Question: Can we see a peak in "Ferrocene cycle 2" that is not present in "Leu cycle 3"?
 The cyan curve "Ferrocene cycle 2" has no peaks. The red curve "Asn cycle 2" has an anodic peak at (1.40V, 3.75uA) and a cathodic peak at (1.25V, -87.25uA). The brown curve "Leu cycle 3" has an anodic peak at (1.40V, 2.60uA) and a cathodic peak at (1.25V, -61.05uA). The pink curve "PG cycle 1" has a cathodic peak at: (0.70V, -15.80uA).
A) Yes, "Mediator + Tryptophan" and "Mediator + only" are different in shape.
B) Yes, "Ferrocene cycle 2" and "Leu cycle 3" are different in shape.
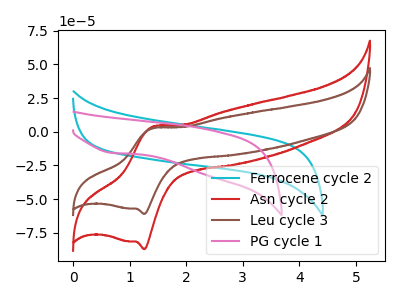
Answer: <think>"Ferrocene cycle 2" and "Leu cycle 3" have a different number of peaks.
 </think>
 <answer>B) Yes, "Ferrocene cycle 2" and "Leu cycle 3" are different in shape.</answer>
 <eval>B</eval>